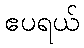
ဧပရယ်